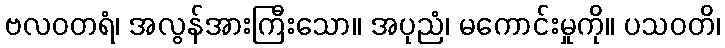
ဗလဝတရံ၊ အလွန်အားကြီးသော။ အပုညံ၊ မကောင်းမှုကို။ ပသဝတိ၊